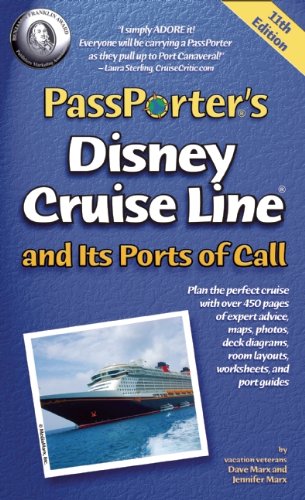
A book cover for PassPorter's Disney Cruise Line and Its Ports of Call; Dave Marx; Travel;